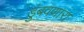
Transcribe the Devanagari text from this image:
डुंबवणारा